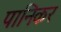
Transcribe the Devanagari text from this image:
पानिकर